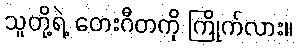
သူတို့ရဲ့ တေးဂီတကို ကြိုက်လား။